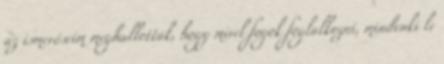
az ismerőseim meghallották, hogy mivel fogok foglalkozni, mindenki le